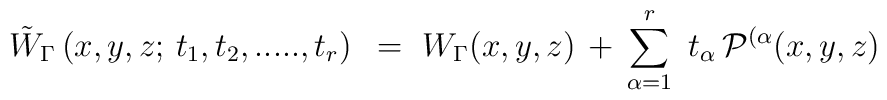
{\tilde W}_{\Gamma} \left (  x,y,z ; \, t_1, t_2 , .....,t_r \right )~=~W_{\Gamma}(x,y,z)\, + \,\sum_{\alpha =1}^{r} \ t_{\alpha} \,{\cal P}^{(\alpha}(x,y,z)